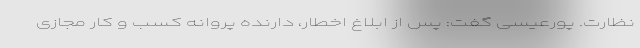
نظارت. پورعیسی گفت: پس از ابلاغ اخطار، دارنده پروانه کسب و کار مجازی